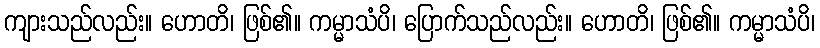
ကျားသည်လည်း။ ဟောတိ၊ ဖြစ်၏။ ကမ္မာသံပိ၊ ပြောက်သည်လည်း။ ဟောတိ၊ ဖြစ်၏။ ကမ္မာသံပိ၊